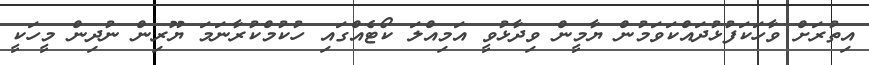
އިތުރަށް ވާހަކަފުޅުދައްކަވަމުން ޔާމީން ވިދާޅުވީ އަމިއްލަ ކޯޓެއްގައި ހުކުމްކުރާނަމަ ޔޫރިން ނުދިން މީހަކީ